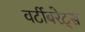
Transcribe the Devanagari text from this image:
वर्टीबरेट्स